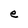
Character: e